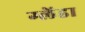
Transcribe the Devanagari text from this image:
ग्लेंडा